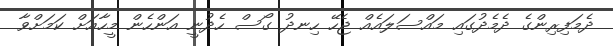
ދެމަފިރިންގެ ދެމެދުގައި މައްސަލައެއް ޖެހޭ ހިނދު ގޯސް ހެދުނީ އަންހެން މީހާއަށް ކަމަށްވާ